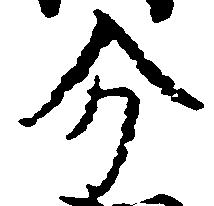
分